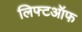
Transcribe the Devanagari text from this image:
लिफ्टऑफ